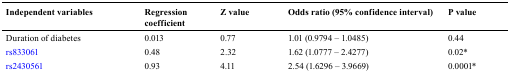
<table><thead><tr><td><b>Independent variables</b></td><td><b>Regression coefficient</b></td><td><b>Z value</b></td><td><b>Odds ratio (95% confidence interval)</b></td><td><b>P value</b></td></tr></thead><tbody><tr><td>Duration of diabetes</td><td>0.013</td><td>0.77</td><td>1.01 (0.9794 – 1.0485)</td><td>0.44</td></tr><tr><td>rs833061</td><td>0.48</td><td>2.32</td><td>1.62 (1.0777 – 2.4277)</td><td>0.02*</td></tr><tr><td>rs2430561</td><td>0.93</td><td>4.11</td><td>2.54 (1.6296 – 3.9669)</td><td>0.0001*</td></tr></tbody></table>